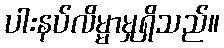
ပါးနပ်လိမ္မာမှုရှိသည်။